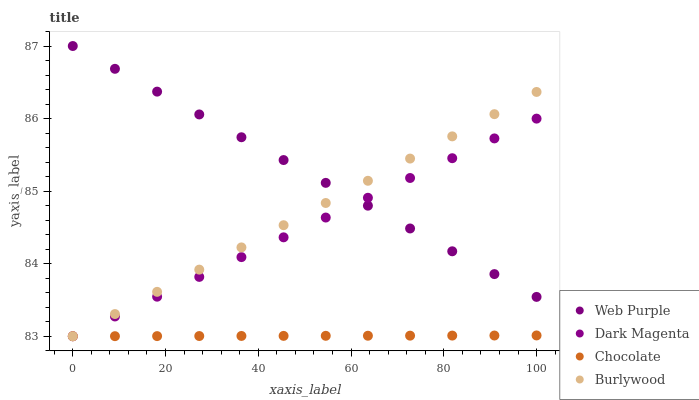
| xaxis_label | Web Purple | Dark Magenta | Chocolate | Burlywood |
 | --- | --- | --- | --- | --- |
 | 0 | 87 | 83 | 83 | 83 |
 | 9.09 | 86.7 | 83.3 | 83 | 83.3 |
 | 18.2 | 86.4 | 83.5 | 83 | 83.6 |
 | 27.3 | 86.1 | 83.8 | 83 | 83.9 |
 | 36.4 | 85.7 | 84.1 | 83 | 84.2 |
 | 45.5 | 85.4 | 84.4 | 83 | 84.5 |
 | 54.5 | 85.1 | 84.6 | 83 | 84.8 |
 | 63.6 | 84.8 | 84.9 | 83 | 85.1 |
 | 72.7 | 84.5 | 85.2 | 83 | 85.4 |
 | 81.8 | 84.2 | 85.5 | 83 | 85.8 |
 | 90.9 | 83.9 | 85.7 | 83 | 86.1 |
 | 100 | 83.5 | 86 | 83 | 86.4 |